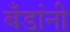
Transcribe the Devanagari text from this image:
बँडांनी